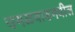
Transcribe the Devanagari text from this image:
उमळवाडमधील